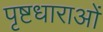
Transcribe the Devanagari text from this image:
पृष्टधाराओं